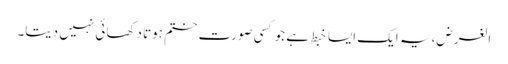
الغرض، یہ ایک ایسا خبط ہے جو کسی صورت ختم ہوتا دکھائی نہیں دیتا۔